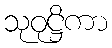
သုဝုဋ္ဌိကာ